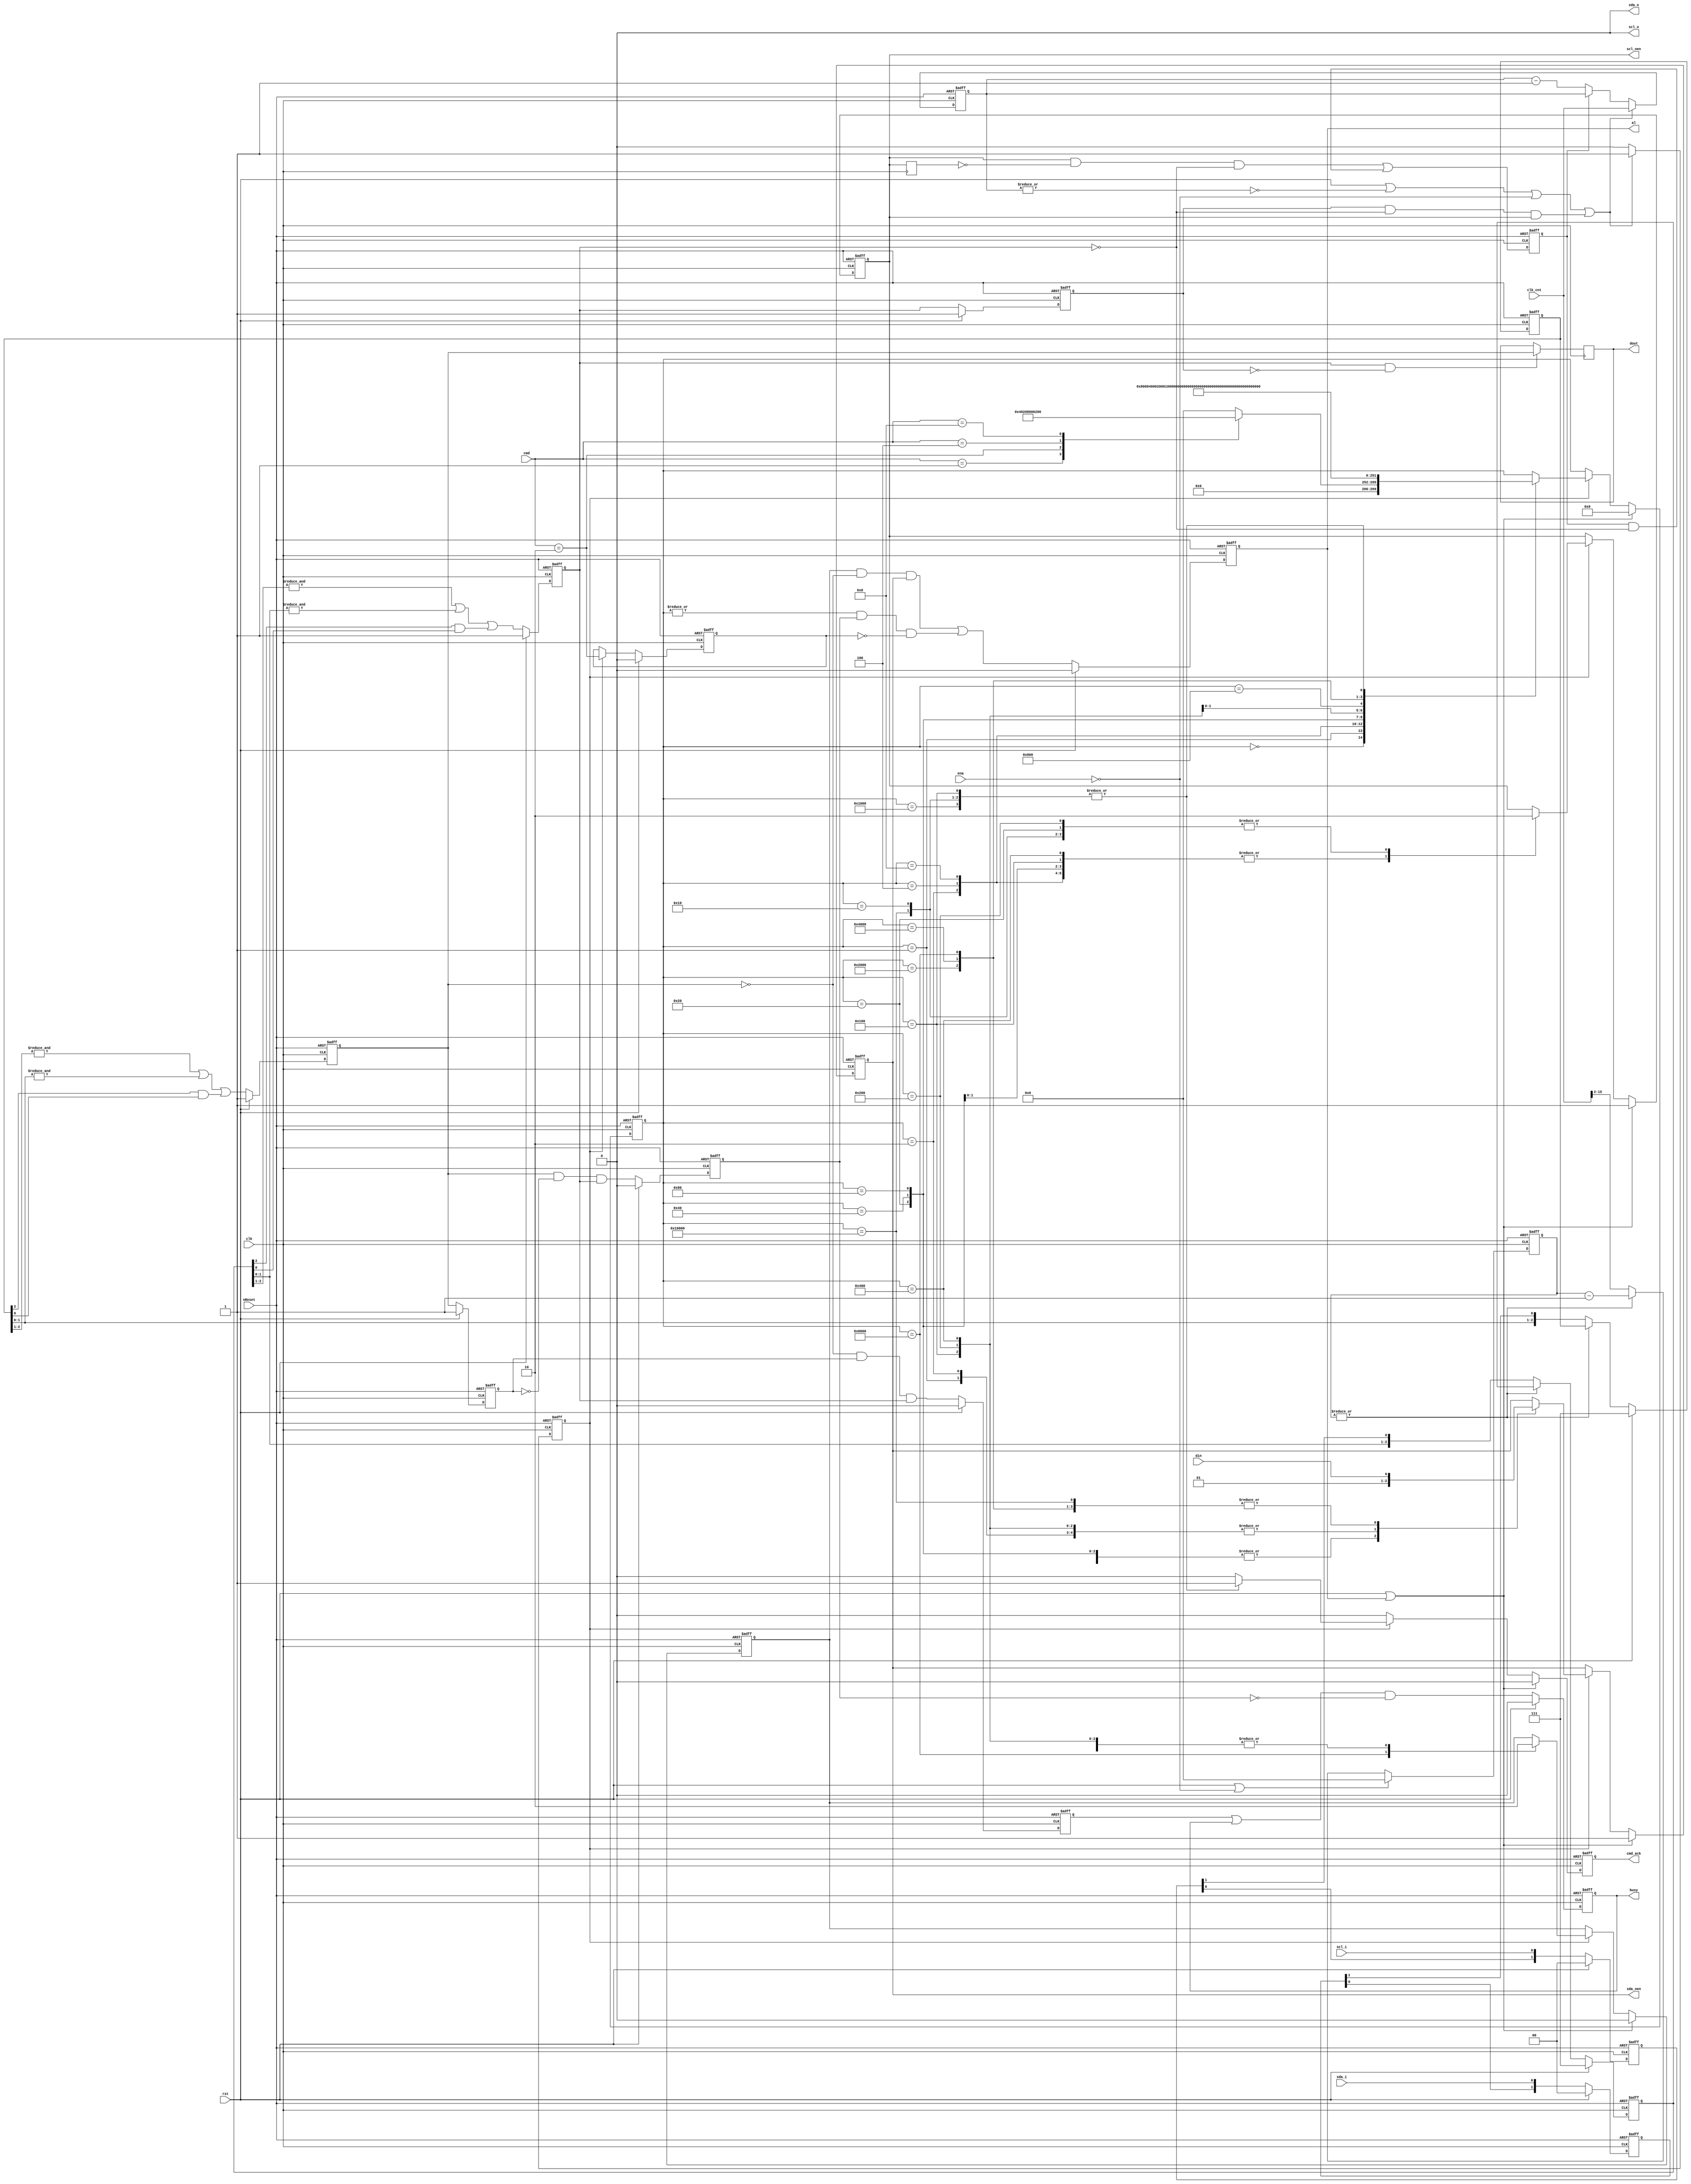
/////////////////////////////////////////////////////////////////////
////                                                             ////
////  WISHBONE rev.B2 compliant I2C Master bit-controller        ////
////                                                             ////
////                                                             ////
////          richard@asics.ws                                   ////
////          www.asics.ws                                       ////
////                                                             ////
////  Downloaded from: http://www.opencores.org/projects/i2c/    ////
////                                                             ////
/////////////////////////////////////////////////////////////////////
////                                                             ////
//// Copyright (C) 2001 Richard Herveille                        ////
////                    richard@asics.ws                         ////
////                                                             ////
//// This source file may be used and distributed without        ////
//// restriction provided that this copyright statement is not   ////
//// removed from the file and that any derivative work contains ////
//// the original copyright notice and the associated disclaimer.////
////                                                             ////
////     THIS SOFTWARE IS PROVIDED ``AS IS'' AND WITHOUT ANY     ////
//// EXPRESS OR IMPLIED WARRANTIES, INCLUDING, BUT NOT LIMITED   ////
//// TO, THE IMPLIED WARRANTIES OF MERCHANTABILITY AND FITNESS   ////
//// FOR A PARTICULAR PURPOSE. IN NO EVENT SHALL THE AUTHOR      ////
//// OR CONTRIBUTORS BE LIABLE FOR ANY DIRECT, INDIRECT,         ////
//// INCIDENTAL, SPECIAL, EXEMPLARY, OR CONSEQUENTIAL DAMAGES    ////
//// (INCLUDING, BUT NOT LIMITED TO, PROCUREMENT OF SUBSTITUTE   ////
//// GOODS OR SERVICES; LOSS OF USE, DATA, OR PROFITS; OR        ////
//// BUSINESS INTERRUPTION) HOWEVER CAUSED AND ON ANY THEORY OF  ////
//// LIABILITY, WHETHER IN  CONTRACT, STRICT LIABILITY, OR TORT  ////
//// (INCLUDING NEGLIGENCE OR OTHERWISE) ARISING IN ANY WAY OUT  ////
//// OF THE USE OF THIS SOFTWARE, EVEN IF ADVISED OF THE         ////
//// POSSIBILITY OF SUCH DAMAGE.                                 ////
////                                                             ////
/////////////////////////////////////////////////////////////////////

//  CVS Log
//
//  $Id: i2c_master_bit_ctrl.v,v 1.14 2009-01-20 10:25:29 rherveille Exp $
//
//  $Date: 2009-01-20 10:25:29 $
//  $Revision: 1.14 $
//  $Author: rherveille $
//  $Locker:  $
//  $State: Exp $
//
// Change History:
//               $Log: $
//               Revision 1.14  2009/01/20 10:25:29  rherveille
//               Added clock synchronization logic
//               Fixed slave_wait signal
//
//               Revision 1.13  2009/01/19 20:29:26  rherveille
//               Fixed synopsys miss spell (synopsis)
//               Fixed cr[0] register width
//               Fixed ! usage instead of ~
//               Fixed bit controller parameter width to 18bits
//
//               Revision 1.12  2006/09/04 09:08:13  rherveille
//               fixed short scl high pulse after clock stretch
//               fixed slave model not returning correct '(n)ack' signal
//
//               Revision 1.11  2004/05/07 11:02:26  rherveille
//               Fixed a bug where the core would signal an arbitration lost (AL bit set), when another master controls the bus and the other master generates a STOP bit.
//
//               Revision 1.10  2003/08/09 07:01:33  rherveille
//               Fixed a bug in the Arbitration Lost generation caused by delay on the (external) sda line.
//               Fixed a potential bug in the byte controller's host-acknowledge generation.
//
//               Revision 1.9  2003/03/10 14:26:37  rherveille
//               Fixed cmd_ack generation item (no bug).
//
//               Revision 1.8  2003/02/05 00:06:10  rherveille
//               Fixed a bug where the core would trigger an erroneous 'arbitration lost' interrupt after being reset, when the reset pulse width < 3 clk cycles.
//
//               Revision 1.7  2002/12/26 16:05:12  rherveille
//               Small code simplifications
//
//               Revision 1.6  2002/12/26 15:02:32  rherveille
//               Core is now a Multimaster I2C controller
//
//               Revision 1.5  2002/11/30 22:24:40  rherveille
//               Cleaned up code
//
//               Revision 1.4  2002/10/30 18:10:07  rherveille
//               Fixed some reported minor start/stop generation timing issuess.
//
//               Revision 1.3  2002/06/15 07:37:03  rherveille
//               Fixed a small timing bug in the bit controller.\nAdded verilog simulation environment.
//
//               Revision 1.2  2001/11/05 11:59:25  rherveille
//               Fixed wb_ack_o generation bug.
//               Fixed bug in the byte_controller statemachine.
//               Added headers.
//

//
/////////////////////////////////////
// Bit controller section
/////////////////////////////////////
//
// Translate simple commands into SCL/SDA transitions
// Each command has 5 states, A/B/C/D/idle
//
// start:	SCL	~~~~~~~~~~\____
//	SDA	~~~~~~~~\______
//		 x | A | B | C | D | i
//
// repstart	SCL	____/~~~~\___
//	SDA	__/~~~\______
//		 x | A | B | C | D | i
//
// stop	SCL	____/~~~~~~~~
//	SDA	==\____/~~~~~
//		 x | A | B | C | D | i
//
//- write	SCL	____/~~~~\____
//	SDA	==X=========X=
//		 x | A | B | C | D | i
//
//- read	SCL	____/~~~~\____
//	SDA	XXXX=====XXXX
//		 x | A | B | C | D | i
//

// Timing:     Normal mode      Fast mode
///////////////////////////////////////////////////////////////////////
// Fscl        100KHz           400KHz
// Th_scl      4.0us            0.6us   High period of SCL
// Tl_scl      4.7us            1.3us   Low period of SCL
// Tsu:sta     4.7us            0.6us   setup time for a repeated start condition
// Tsu:sto     4.0us            0.6us   setup time for a stop conditon
// Tbuf        4.7us            1.3us   Bus free time between a stop and start condition
//

// synopsys translate_off
// synopsys translate_on


`timescale 1ns / 10ps

`define I2C_CMD_NOP   4'b0000
`define I2C_CMD_START 4'b0001
`define I2C_CMD_STOP  4'b0010
`define I2C_CMD_WRITE 4'b0100
`define I2C_CMD_READ  4'b1000

module i2c_master_bit_ctrl (
    input             clk,      // system clock
    input             rst,      // synchronous active high reset
    input             nReset,   // asynchronous active low reset
    input             ena,      // core enable signal

    input      [15:0] clk_cnt,  // clock prescale value

    input      [ 3:0] cmd,      // command (from byte controller)
    output reg        cmd_ack,  // command complete acknowledge
    output reg        busy,     // i2c bus busy
    output reg        al,       // i2c bus arbitration lost

    input             din,
    output reg        dout,

    input             scl_i,    // i2c clock line input
    output            scl_o,    // i2c clock line output
    output reg        scl_oen,  // i2c clock line output enable (active low)
    input             sda_i,    // i2c data line input
    output            sda_o,    // i2c data line output
    output reg        sda_oen   // i2c data line output enable (active low)
);


    //
    // variable declarations
    //

    reg [ 1:0] cSCL, cSDA;      // capture SCL and SDA
    reg [ 2:0] fSCL, fSDA;      // SCL and SDA filter inputs
    reg        sSCL, sSDA;      // filtered and synchronized SCL and SDA inputs
    reg        dSCL, dSDA;      // delayed versions of sSCL and sSDA
    reg        dscl_oen;        // delayed scl_oen
    reg        sda_chk;         // check SDA output (Multi-master arbitration)
    reg        clk_en;          // clock generation signals
    reg        slave_wait;      // slave inserts wait states
    reg [15:0] cnt;             // clock divider counter (synthesis)
    reg [13:0] filter_cnt;      // clock divider for filter


    // state machine variable
    reg [17:0] c_state; // synopsys enum_state

    //
    // module body
    //

    // whenever the slave is not ready it can delay the cycle by pulling SCL low
    // delay scl_oen
    always @(posedge clk)
      dscl_oen <= #1 scl_oen;

    // slave_wait is asserted when master wants to drive SCL high, but the slave pulls it low
    // slave_wait remains asserted until the slave releases SCL
    always @(posedge clk or negedge nReset)
      if (!nReset) slave_wait <= 1'b0;
      else         slave_wait <= (scl_oen & ~dscl_oen & ~sSCL) | (slave_wait & ~sSCL);

    // master drives SCL high, but another master pulls it low
    // master start counting down its low cycle now (clock synchronization)
    wire scl_sync   = dSCL & ~sSCL & scl_oen;


    // generate clk enable signal
    always @(posedge clk or negedge nReset)
      if (~nReset)
      begin
          cnt    <= #1 16'h0;
          clk_en <= #1 1'b1;
      end
      else if (rst || ~|cnt || !ena || scl_sync)
      begin
          cnt    <= #1 clk_cnt;
          clk_en <= #1 1'b1;
      end
      else if (slave_wait)
      begin
          cnt    <= #1 cnt;
          clk_en <= #1 1'b0;    
      end
      else
      begin
          cnt    <= #1 cnt - 16'h1;
          clk_en <= #1 1'b0;
      end


    // generate bus status controller

    // capture SDA and SCL
    // reduce metastability risk
    always @(posedge clk or negedge nReset)
      if (!nReset)
      begin
          cSCL <= #1 2'b00;
          cSDA <= #1 2'b00;
      end
      else if (rst)
      begin
          cSCL <= #1 2'b00;
          cSDA <= #1 2'b00;
      end
      else
      begin
          cSCL <= {cSCL[0],scl_i};
          cSDA <= {cSDA[0],sda_i};
      end


    // filter SCL and SDA signals; (attempt to) remove glitches
    always @(posedge clk or negedge nReset)
      if      (!nReset     ) filter_cnt <= 14'h0;
      else if (rst || !ena ) filter_cnt <= 14'h0;
      else if (~|filter_cnt) filter_cnt <= clk_cnt >> 2; //16x I2C bus frequency
      else                   filter_cnt <= filter_cnt -1;


    always @(posedge clk or negedge nReset)
      if (!nReset)
      begin
          fSCL <= 3'b111;
          fSDA <= 3'b111;
      end
      else if (rst)
      begin
          fSCL <= 3'b111;
          fSDA <= 3'b111;
      end
      else if (~|filter_cnt)
      begin
          fSCL <= {fSCL[1:0],cSCL[1]};
          fSDA <= {fSDA[1:0],cSDA[1]};
      end


    // generate filtered SCL and SDA signals
    always @(posedge clk or negedge nReset)
      if (~nReset)
      begin
          sSCL <= #1 1'b1;
          sSDA <= #1 1'b1;

          dSCL <= #1 1'b1;
          dSDA <= #1 1'b1;
      end
      else if (rst)
      begin
          sSCL <= #1 1'b1;
          sSDA <= #1 1'b1;

          dSCL <= #1 1'b1;
          dSDA <= #1 1'b1;
      end
      else
      begin
          sSCL <= #1 &fSCL[2:1] | &fSCL[1:0] | (fSCL[2] & fSCL[0]);
          sSDA <= #1 &fSDA[2:1] | &fSDA[1:0] | (fSDA[2] & fSDA[0]);

          dSCL <= #1 sSCL;
          dSDA <= #1 sSDA;
      end

    // detect start condition => detect falling edge on SDA while SCL is high
    // detect stop condition => detect rising edge on SDA while SCL is high
    reg sta_condition;
    reg sto_condition;
    always @(posedge clk or negedge nReset)
      if (~nReset)
      begin
          sta_condition <= #1 1'b0;
          sto_condition <= #1 1'b0;
      end
      else if (rst)
      begin
          sta_condition <= #1 1'b0;
          sto_condition <= #1 1'b0;
      end
      else
      begin
          sta_condition <= #1 ~sSDA &  dSDA & sSCL;
          sto_condition <= #1  sSDA & ~dSDA & sSCL;
      end


    // generate i2c bus busy signal
    always @(posedge clk or negedge nReset)
      if      (!nReset) busy <= #1 1'b0;
      else if (rst    ) busy <= #1 1'b0;
      else              busy <= #1 (sta_condition | busy) & ~sto_condition;


    // generate arbitration lost signal
    // aribitration lost when:
    // 1) master drives SDA high, but the i2c bus is low
    // 2) stop detected while not requested
    reg cmd_stop;
    always @(posedge clk or negedge nReset)
      if (~nReset)
          cmd_stop <= #1 1'b0;
      else if (rst)
          cmd_stop <= #1 1'b0;
      else if (clk_en)
          cmd_stop <= #1 cmd == `I2C_CMD_STOP;

    always @(posedge clk or negedge nReset)
      if (~nReset)
          al <= #1 1'b0;
      else if (rst)
          al <= #1 1'b0;
      else
          al <= #1 (sda_chk & ~sSDA & sda_oen) | (|c_state & sto_condition & ~cmd_stop);


    // generate dout signal (store SDA on rising edge of SCL)
    always @(posedge clk)
      if (sSCL & ~dSCL) dout <= #1 sSDA;


    // generate statemachine

    // nxt_state decoder
    parameter [17:0] idle    = 18'b0_0000_0000_0000_0000;
    parameter [17:0] start_a = 18'b0_0000_0000_0000_0001;
    parameter [17:0] start_b = 18'b0_0000_0000_0000_0010;
    parameter [17:0] start_c = 18'b0_0000_0000_0000_0100;
    parameter [17:0] start_d = 18'b0_0000_0000_0000_1000;
    parameter [17:0] start_e = 18'b0_0000_0000_0001_0000;
    parameter [17:0] stop_a  = 18'b0_0000_0000_0010_0000;
    parameter [17:0] stop_b  = 18'b0_0000_0000_0100_0000;
    parameter [17:0] stop_c  = 18'b0_0000_0000_1000_0000;
    parameter [17:0] stop_d  = 18'b0_0000_0001_0000_0000;
    parameter [17:0] rd_a    = 18'b0_0000_0010_0000_0000;
    parameter [17:0] rd_b    = 18'b0_0000_0100_0000_0000;
    parameter [17:0] rd_c    = 18'b0_0000_1000_0000_0000;
    parameter [17:0] rd_d    = 18'b0_0001_0000_0000_0000;
    parameter [17:0] wr_a    = 18'b0_0010_0000_0000_0000;
    parameter [17:0] wr_b    = 18'b0_0100_0000_0000_0000;
    parameter [17:0] wr_c    = 18'b0_1000_0000_0000_0000;
    parameter [17:0] wr_d    = 18'b1_0000_0000_0000_0000;

    always @(posedge clk or negedge nReset)
      if (!nReset)
      begin
          c_state <= #1 idle;
          cmd_ack <= #1 1'b0;
          scl_oen <= #1 1'b1;
          sda_oen <= #1 1'b1;
          sda_chk <= #1 1'b0;
      end
      else if (rst | al)
      begin
          c_state <= #1 idle;
          cmd_ack <= #1 1'b0;
          scl_oen <= #1 1'b1;
          sda_oen <= #1 1'b1;
          sda_chk <= #1 1'b0;
      end
      else
      begin
          cmd_ack   <= #1 1'b0; // default no command acknowledge + assert cmd_ack only 1clk cycle

          if (clk_en)
              case (c_state) // synopsys full_case parallel_case
                    // idle state
                    idle:
                    begin
                        case (cmd) // synopsys full_case parallel_case
                             `I2C_CMD_START: c_state <= #1 start_a;
                             `I2C_CMD_STOP:  c_state <= #1 stop_a;
                             `I2C_CMD_WRITE: c_state <= #1 wr_a;
                             `I2C_CMD_READ:  c_state <= #1 rd_a;
                             default:        c_state <= #1 idle;
                        endcase

                        scl_oen <= #1 scl_oen; // keep SCL in same state
                        sda_oen <= #1 sda_oen; // keep SDA in same state
                        sda_chk <= #1 1'b0;    // don't check SDA output
                    end

                    // start
                    start_a:
                    begin
                        c_state <= #1 start_b;
                        scl_oen <= #1 scl_oen; // keep SCL in same state
                        sda_oen <= #1 1'b1;    // set SDA high
                        sda_chk <= #1 1'b0;    // don't check SDA output
                    end

                    start_b:
                    begin
                        c_state <= #1 start_c;
                        scl_oen <= #1 1'b1; // set SCL high
                        sda_oen <= #1 1'b1; // keep SDA high
                        sda_chk <= #1 1'b0; // don't check SDA output
                    end

                    start_c:
                    begin
                        c_state <= #1 start_d;
                        scl_oen <= #1 1'b1; // keep SCL high
                        sda_oen <= #1 1'b0; // set SDA low
                        sda_chk <= #1 1'b0; // don't check SDA output
                    end

                    start_d:
                    begin
                        c_state <= #1 start_e;
                        scl_oen <= #1 1'b1; // keep SCL high
                        sda_oen <= #1 1'b0; // keep SDA low
                        sda_chk <= #1 1'b0; // don't check SDA output
                    end

                    start_e:
                    begin
                        c_state <= #1 idle;
                        cmd_ack <= #1 1'b1;
                        scl_oen <= #1 1'b0; // set SCL low
                        sda_oen <= #1 1'b0; // keep SDA low
                        sda_chk <= #1 1'b0; // don't check SDA output
                    end

                    // stop
                    stop_a:
                    begin
                        c_state <= #1 stop_b;
                        scl_oen <= #1 1'b0; // keep SCL low
                        sda_oen <= #1 1'b0; // set SDA low
                        sda_chk <= #1 1'b0; // don't check SDA output
                    end

                    stop_b:
                    begin
                        c_state <= #1 stop_c;
                        scl_oen <= #1 1'b1; // set SCL high
                        sda_oen <= #1 1'b0; // keep SDA low
                        sda_chk <= #1 1'b0; // don't check SDA output
                    end

                    stop_c:
                    begin
                        c_state <= #1 stop_d;
                        scl_oen <= #1 1'b1; // keep SCL high
                        sda_oen <= #1 1'b0; // keep SDA low
                        sda_chk <= #1 1'b0; // don't check SDA output
                    end

                    stop_d:
                    begin
                        c_state <= #1 idle;
                        cmd_ack <= #1 1'b1;
                        scl_oen <= #1 1'b1; // keep SCL high
                        sda_oen <= #1 1'b1; // set SDA high
                        sda_chk <= #1 1'b0; // don't check SDA output
                    end

                    // read
                    rd_a:
                    begin
                        c_state <= #1 rd_b;
                        scl_oen <= #1 1'b0; // keep SCL low
                        sda_oen <= #1 1'b1; // tri-state SDA
                        sda_chk <= #1 1'b0; // don't check SDA output
                    end

                    rd_b:
                    begin
                        c_state <= #1 rd_c;
                        scl_oen <= #1 1'b1; // set SCL high
                        sda_oen <= #1 1'b1; // keep SDA tri-stated
                        sda_chk <= #1 1'b0; // don't check SDA output
                    end

                    rd_c:
                    begin
                        c_state <= #1 rd_d;
                        scl_oen <= #1 1'b1; // keep SCL high
                        sda_oen <= #1 1'b1; // keep SDA tri-stated
                        sda_chk <= #1 1'b0; // don't check SDA output
                    end

                    rd_d:
                    begin
                        c_state <= #1 idle;
                        cmd_ack <= #1 1'b1;
                        scl_oen <= #1 1'b0; // set SCL low
                        sda_oen <= #1 1'b1; // keep SDA tri-stated
                        sda_chk <= #1 1'b0; // don't check SDA output
                    end

                    // write
                    wr_a:
                    begin
                        c_state <= #1 wr_b;
                        scl_oen <= #1 1'b0; // keep SCL low
                        sda_oen <= #1 din;  // set SDA
                        sda_chk <= #1 1'b0; // don't check SDA output (SCL low)
                    end

                    wr_b:
                    begin
                        c_state <= #1 wr_c;
                        scl_oen <= #1 1'b1; // set SCL high
                        sda_oen <= #1 din;  // keep SDA
                        sda_chk <= #1 1'b0; // don't check SDA output yet
                                            // allow some time for SDA and SCL to settle
                    end

                    wr_c:
                    begin
                        c_state <= #1 wr_d;
                        scl_oen <= #1 1'b1; // keep SCL high
                        sda_oen <= #1 din;
                        sda_chk <= #1 1'b1; // check SDA output
                    end

                    wr_d:
                    begin
                        c_state <= #1 idle;
                        cmd_ack <= #1 1'b1;
                        scl_oen <= #1 1'b0; // set SCL low
                        sda_oen <= #1 din;
                        sda_chk <= #1 1'b0; // don't check SDA output (SCL low)
                    end

              endcase
      end


    // assign scl and sda output (always gnd)
    assign scl_o = 1'b0;
    assign sda_o = 1'b0;

endmodule